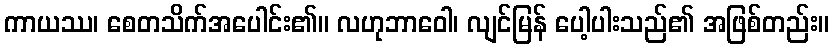
ကာယဿ၊ စေတသိက်အပေါင်း၏။ လဟုဘာဝေါ၊ လျင်မြန် ပေါ့ပါးသည်၏ အဖြစ်တည်း။